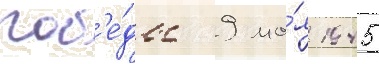
поб'е́ды 9 ма́я 1945